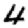
Digit: 4